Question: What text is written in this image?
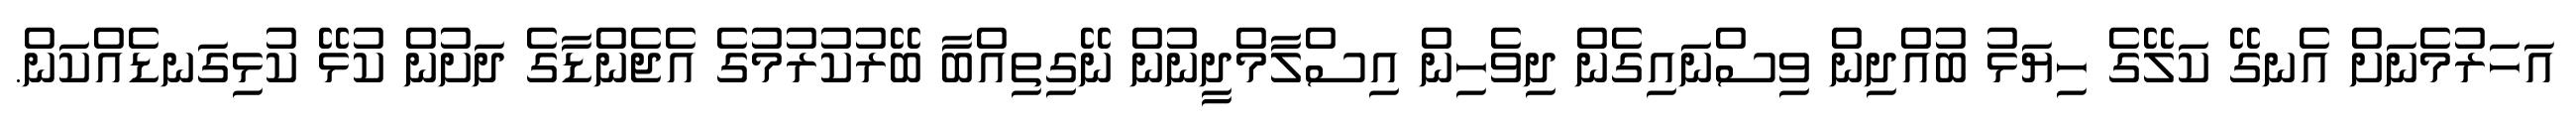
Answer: އަހަރުމެނަށް އެނގޭ ކަލޭގެ ހިޔަޅު ބުއްދިން ވިސްނައިގެން ދިވެހިން އިސްލާމްދީނުން ނޭގިތިއްބާ ބޭރުކުރުމުގެ އެޖެންޑާގެ ދަށުން ކުޅޭ ކުޅިގަނޑެއްކަން.